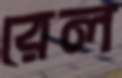
রেল